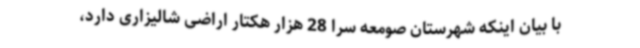
با بیان اینکه شهرستان صومعه سرا 28 هزار هکتار اراضی شالیزاری دارد،